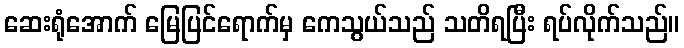
ဆေးရုံအောက် မြေပြင်ရောက်မှ ကေသွယ်သည် သတိရပြီး ရပ်လိုက်သည်။